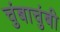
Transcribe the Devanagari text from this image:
चुंबाचुंबी